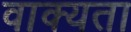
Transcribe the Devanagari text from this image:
वाक्यता